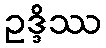
ဥဒ္ဒိဿ